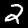
Label: 2